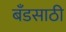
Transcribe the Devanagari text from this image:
बँडसाठी